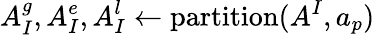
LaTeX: A_{I}^{g},A_{I}^{e},A_{I}^{l}\leftarrow\mathrm{partition}(A^{I},a_{p})